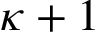
\kappa + 1